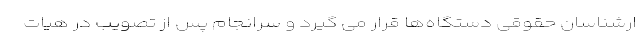
ارشناسان حقوقی دستگاه‌ها قرار می گیرد و سرانجام پس از تصویب در هیات